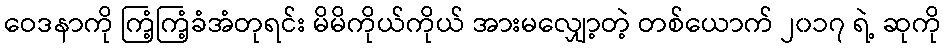
ဝေဒနာကို ကြံ့ကြံ့ခံအံတုရင်း မိမိကိုယ်ကိုယ် အားမလျှော့တဲ့ တစ်ယောက် ၂၀၁၇ ရဲ့ ဆုကို